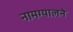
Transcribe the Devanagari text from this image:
नामग्यालने